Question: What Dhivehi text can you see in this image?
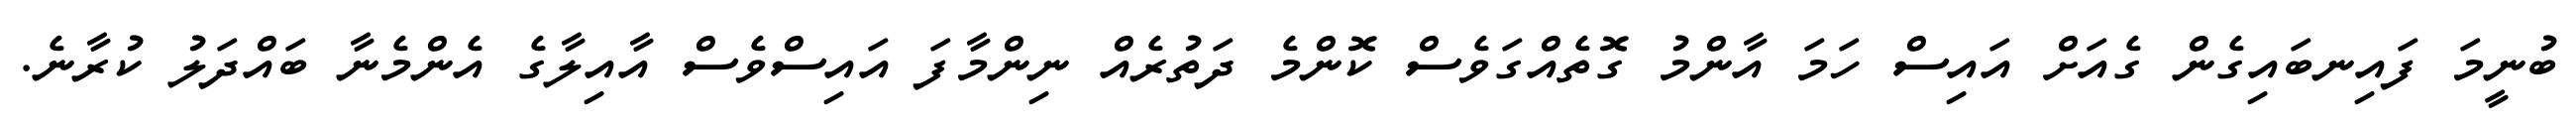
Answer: ބުނީމަ ފައިނބައިގެން ގެއަށް އައިސް ހަމަ އާންމު ގޮތެއްގަވެސް ކޮންމެ ދަތުރެއް ނިންމާފަ އައިސްވެސް އާއިލާގެ އެންމެނާ ބައްދަލު ކުރާނެ.